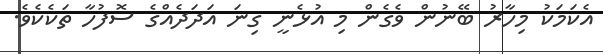
އެކަމަކު މިހާރު ބޭނުން ވެގެން މި އުޅެނީ ގިނަ އަދަދެއްގެ ސޮފުހާ ތަކެކެވެ.